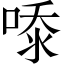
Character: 𭈿